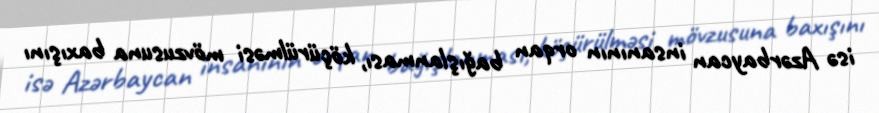
isə Azərbaycan insanının orqan bağışlanması, köçürülməsi mövzusuna baxışını